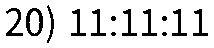
20) 11:11:11